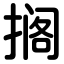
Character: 搁